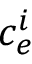
c _ { e } ^ { i }